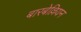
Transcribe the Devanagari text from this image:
बारबेल्लियन